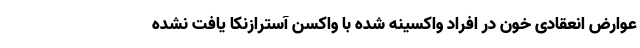
عوارض انعقادی خون در افراد واکسینه شده با واکسن آسترازنکا یافت نشده